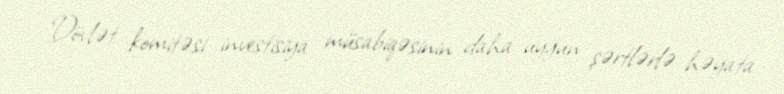
Dövlət komitəsi investisiya müsabiqəsinin daha uyğun şərtlərlə həyata